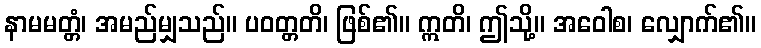
နာမမတ္တံ၊ အမည်မျှသည်။ ပဝတ္တတိ၊ ဖြစ်၏။ ဣတိ၊ ဤသို့။ အဝေါစ၊ လျှောက်၏။